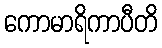
ကောမာရိကာပီတိ